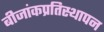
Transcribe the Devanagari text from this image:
बीजांकप्रतिस्थापन